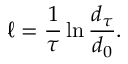
\ell = \frac { 1 } { \tau } \ln \frac { d _ { \tau } } { d _ { 0 } } .